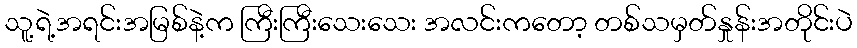
သူ့ရဲ့အရင်းအမြစ်နဲ့က ကြီးကြီးသေးသေး အလင်းကတော့ တစ်သမှတ်နှုန်းအတိုင်းပဲ